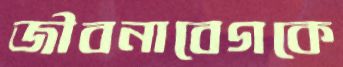
জীবনাবেগকে